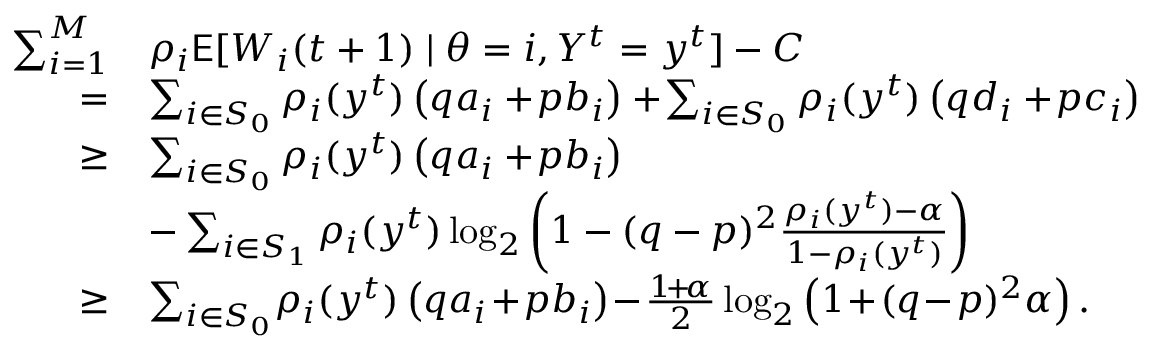
\begin{array} { r l } { \sum _ { i = 1 } ^ { M } } & { \rho _ { i } \mathsf { E } [ W _ { i } ( t + 1 ) \mid \theta = i , Y ^ { t } = y ^ { t } ] - C } \\ { = } & { \sum _ { i \in S _ { 0 } } \rho _ { i } ( y ^ { t } ) \left( q a _ { i } + \! p b _ { i } \right) + \! \sum _ { i \in S _ { 0 } } \rho _ { i } ( y ^ { t } ) \left( q d _ { i } + \! p c _ { i } \right) } \\ { \ge } & { \sum _ { i \in S _ { 0 } } \rho _ { i } ( y ^ { t } ) \left( q a _ { i } + \! p b _ { i } \right) } \\ & { - \sum _ { i \in S _ { 1 } } \rho _ { i } ( y ^ { t } ) \log _ { 2 } \left( 1 - ( q - p ) ^ { 2 } \frac { \rho _ { i } ( y ^ { t } ) - \alpha } { 1 - \rho _ { i } ( y ^ { t } ) } \right) } \\ { \ge } & { \sum _ { i \in S _ { 0 } } \! \rho _ { i } ( y ^ { t } ) \left( q a _ { i } \! + \! p b _ { i } \right) \! - \! \frac { 1 \! + \! \alpha } { 2 } \log _ { 2 } \left( 1 \! + \! ( q \! - \! p ) ^ { 2 } \alpha \right) . } \end{array}